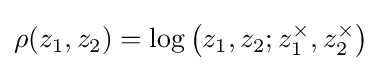
\rho (z_{1},z_{2})=\log \left(z_{1},z_{2};z_{1}^{\times },z_{2}^{\times }\right)